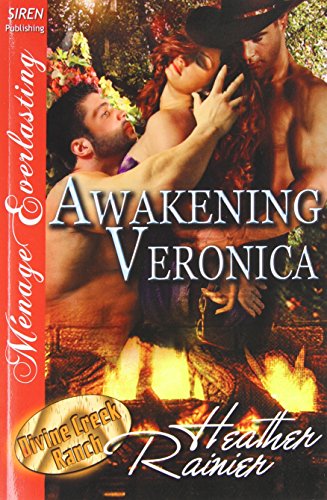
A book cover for Awakening Veronica [Divine Creek Ranch 17] (Siren Publishing Menage Everlasting); Heather Rainier; Romance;